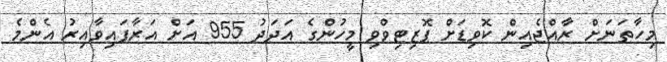
މިހާތަނަށް ރާއްޖެއިން ކޮވިޑަށް ޕޮޒިޓިވްވި މީހުންގެ އަދަދު 955 އަށް އަރާފައިވާއިރު އެންމެ